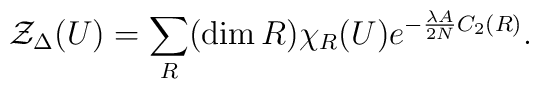
{\cal Z}_{\Delta}(U) =  \sum_{R} (\dim R)\chi_{R} (U)e^{-\frac{\lambda A}{2 N} C_2 (R)}.